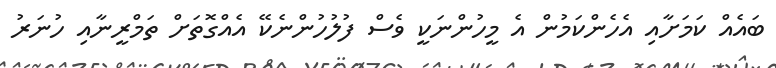
ބައެއް ކަމަށާއި އެހެންކަމުން އެ މީހުންނަކީ ވެސް ފުލުހުންނެކޭ އެއްގޮތަށް ތަމްރީނާއި ހުނަރު